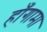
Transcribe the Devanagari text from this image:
हाँगामा